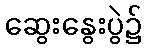
ဆွေးနွေးပွဲ၌